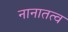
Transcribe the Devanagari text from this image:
नानातत्व